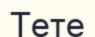
Тете